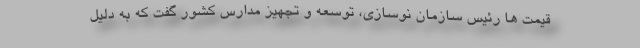
قیمت ها رئیس سازمان نوسازی، توسعه و تجهیز مدارس کشور گفت که به دلیل